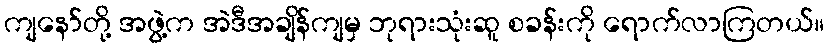
ကျနော်တို့ အဖွဲ့က အဲဒီအချိန်ကျမှ ဘုရားသုံးဆူ စခန်းကို ရောက်လာကြတယ်။